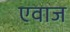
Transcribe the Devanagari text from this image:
एवाज